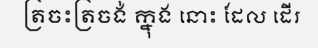
ត្រចះត្រចង់ ក្នុង នោះ ដែល ដើរ